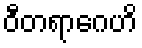
ဝီတရာဂေဟိ